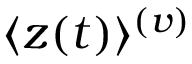
\langle z ( t ) \rangle ^ { ( v ) }